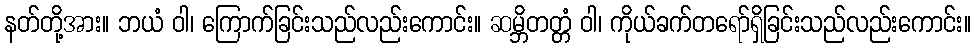
နတ်တို့အား။ ဘယံ ဝါ၊ ကြောက်ခြင်းသည်လည်းကောင်း။ ဆမ္ဘိတတ္တံ ဝါ၊ ကိုယ်ခက်တရော်ရှိခြင်းသည်လည်းကောင်း။